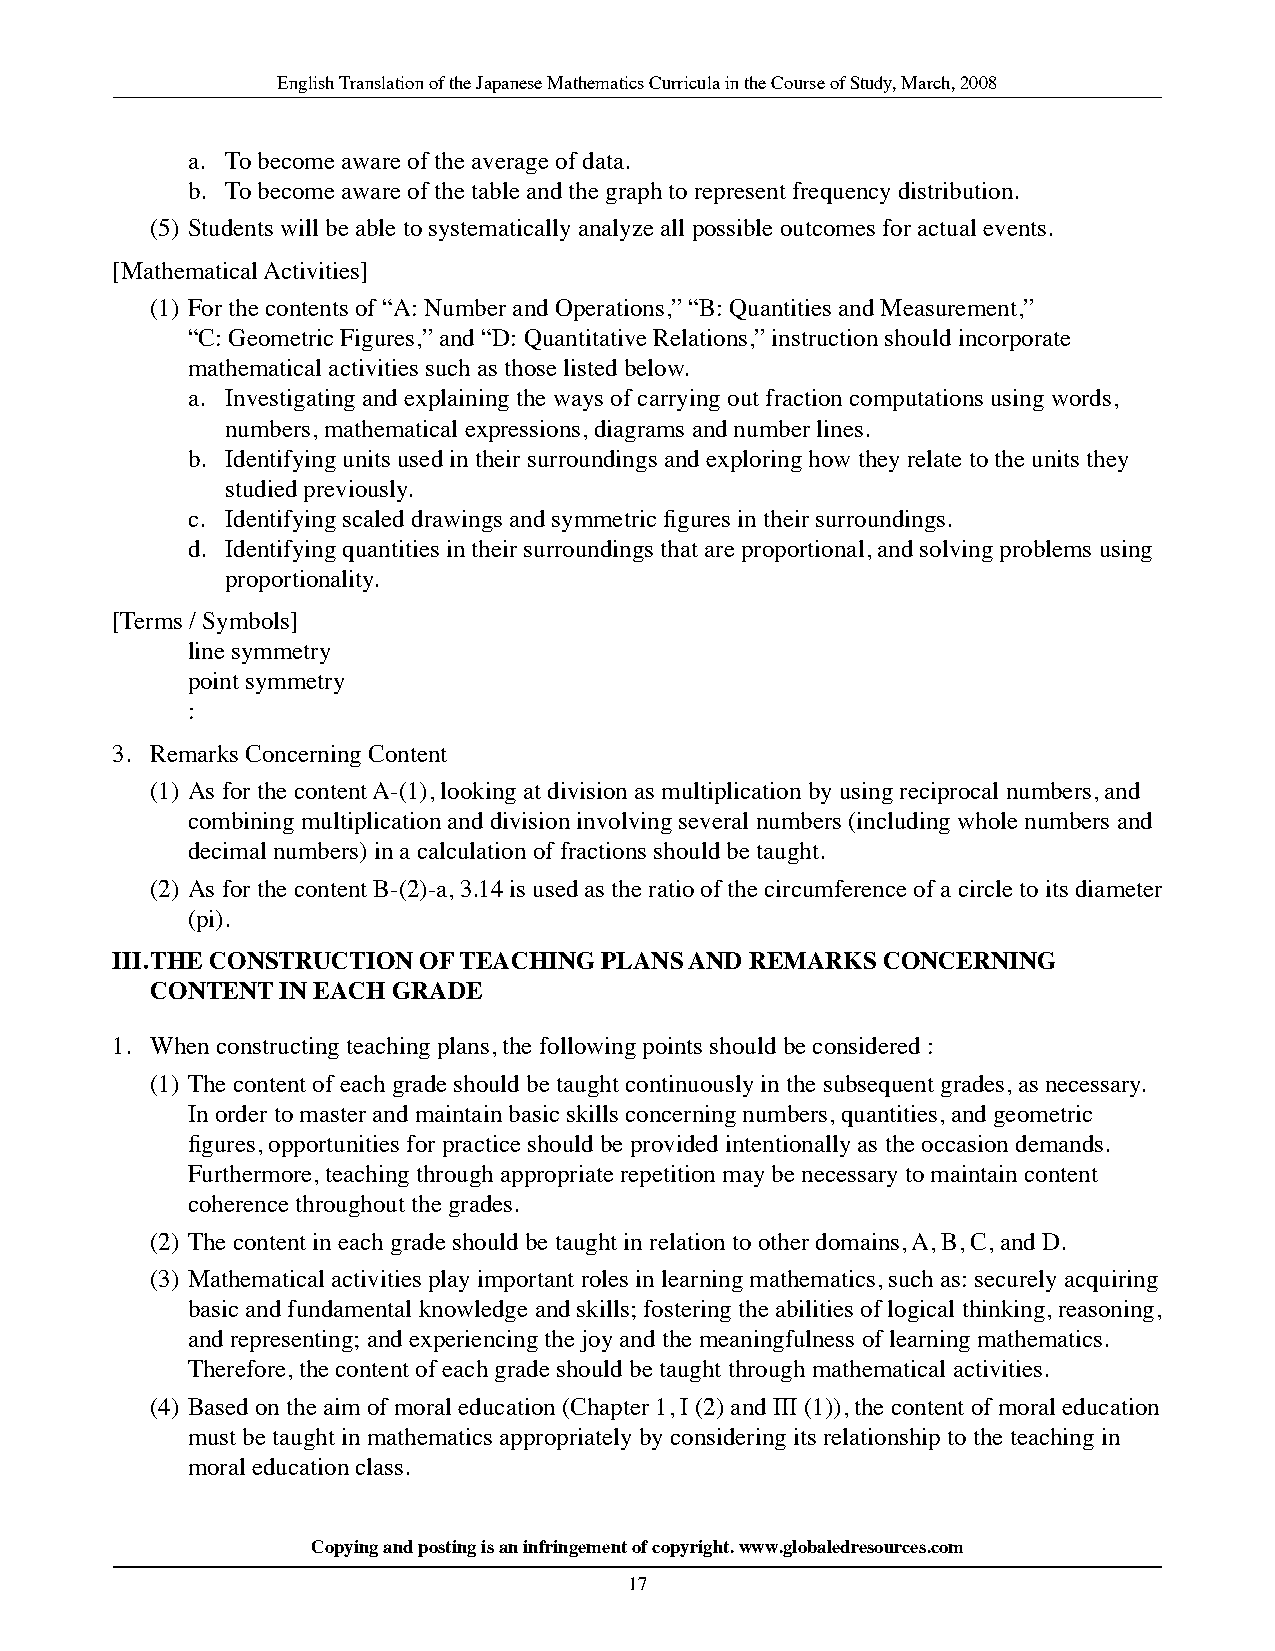
English Translation of the Japanese Mathematics Curricula in the Course of Study, March, 2008
 a. To become aware of the average of data.
 b. To become aware of the table and the graph to represent frequency distribution.
 (5) Students will be able to systematically analyze all possible outcomes for actual events.
 [Mathematical Activities]
 (1) For the contents of “A: Number and Operations,” “B: Quantities and Measurement,”
 “C: Geometric Figures,” and “D: Quantitative Relations,” instruction should incorporate
 mathematical activities such as those listed below.
 a. Investigating and explaining the ways of carrying out fraction computations using words,
 numbers, mathematical expressions, diagrams and number lines.
 b. Identifying units used in their surroundings and exploring how they relate to the units they
 studied previously.
 c. Identifying scaled drawings and symmetric figures in their surroundings.
 d. Identifying quantities in their surroundings that are proportional, and solving problems using
 proportionality.
 [Terms / Symbols]
 line symmetry
 point symmetry
 :
 3. Remarks Concerning Content
 (1) As for the content A-(1), looking at division as multiplication by using reciprocal numbers, and
 combining multiplication and division involving several numbers (including whole numbers and
 decimal numbers) in a calculation of fractions should be taught.
 (2) As for the content B-(2)-a, 3.14 is used as the ratio of the circumference of a circle to its diameter
 (pi).
 iii. ThE ConSTruCTion of TEaChinG planS and rEMarKS ConCErninG
 ConTEnT  in EaCh GradE
 1. When constructing teaching plans, the following points should be considered :
 (1) The content of each grade should be taught continuously in the subsequent grades, as necessary.
 In order to master and maintain basic skills concerning numbers, quantities, and geometric
 figures, opportunities for practice should be provided intentionally as the occasion demands.
 Furthermore, teaching through appropriate repetition may be necessary to maintain content
 coherence throughout the grades.
 (2) The content in each grade should be taught in relation to other domains, A, B, C, and D.
 (3) Mathematical activities play important roles in learning mathematics, such as: securely acquiring
 basic and fundamental knowledge and skills; fostering the abilities of logical thinking, reasoning,
 and representing; and experiencing the joy and the meaningfulness of learning mathematics.
 Therefore, the content of each grade should be taught through mathematical activities.
 (4) Based on the aim of moral education (Chapter 1, I (2) and III (1)), the content of moral education
 must be taught in mathematics appropriately by considering its relationship to the teaching in
 moral education class.
 Copying and posting is an infringement of copyright. www.globaledresources.com
 17